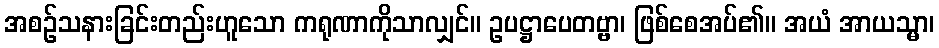
အစဉ်သနားခြင်းတည်းဟူသော ကရုဏာကိုသာလျှင်။ ဥပဋ္ဌာပေတဗ္ဗာ၊ ဖြစ်စေအပ်၏။ အယံ အာယသ္မာ၊